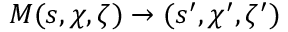
M ( s , \chi , \zeta ) \rightarrow ( s ^ { \prime } , \chi ^ { \prime } , \zeta ^ { \prime } )